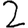
Digit: 2